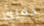
جعلك